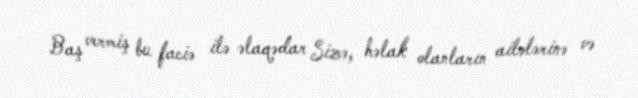
Baş vermiş bu faciə ilə əlaqədar Sizə, həlak olanların ailələrinə və